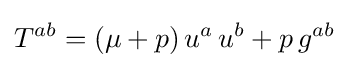
T^{ab}=(\mu +p)\,u^{a}\,u^{b}+p\,g^{ab}